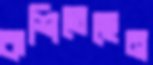
কশিতেছেন